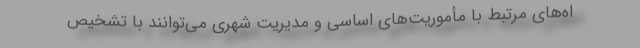
اه‌های مرتبط با مأموریت‌های اساسی و مدیریت شهری می‌توانند با تشخیص